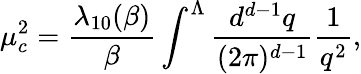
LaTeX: \mu_{c}^{2}=\frac{\lambda_{10}(\beta)}{\beta}\int^{\Lambda}\frac{d^{d-1}q}{(2\pi)^{d-1}}\frac{1}{q^{2}},